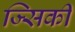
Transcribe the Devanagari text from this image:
ज्सिकी